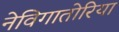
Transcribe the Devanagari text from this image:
नेविगातोरिया